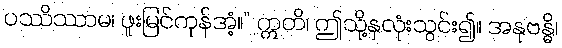
ပဿိဿာမ၊ ဖူးမြင်ကုန်အံ့။” ဣတိ၊ ဤသို့နှလုံးသွင်း၍။ အနုဗန္ဓိ၊